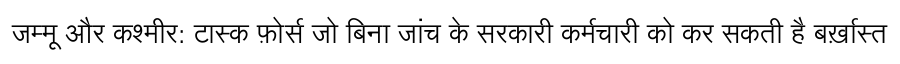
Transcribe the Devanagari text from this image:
जम्मू और कश्मीर: टास्क फ़ोर्स जो बिना जांच के सरकारी कर्मचारी को कर सकती है बर्ख़ास्त